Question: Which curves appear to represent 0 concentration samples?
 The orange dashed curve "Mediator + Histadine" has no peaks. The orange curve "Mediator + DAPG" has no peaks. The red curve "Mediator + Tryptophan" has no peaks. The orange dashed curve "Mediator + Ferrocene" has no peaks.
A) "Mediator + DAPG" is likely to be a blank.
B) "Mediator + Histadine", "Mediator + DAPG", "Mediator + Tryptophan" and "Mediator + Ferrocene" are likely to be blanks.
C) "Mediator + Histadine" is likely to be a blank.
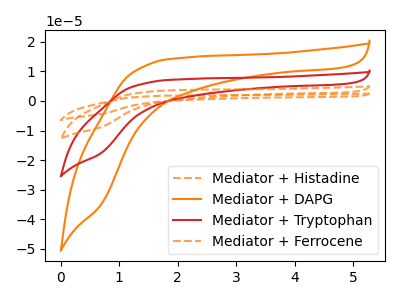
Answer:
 <answer>B) "Mediator + Histadine", "Mediator + DAPG", "Mediator + Tryptophan" and "Mediator + Ferrocene" are likely to be blanks.</answer>
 <eval>B</eval>